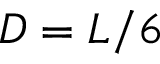
D = L / 6